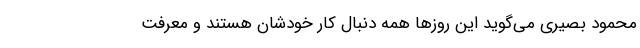
محمود بصیری می‌گوید این روزها همه دنبال کار خودشان هستند و معرفت